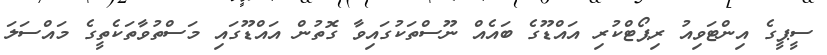
ސީޕީގެ އިންޓަވިއު ރިޕޯޓްކުރި އައްޑޫގެ ބައެއް ނޫސްތަކުގައިވާ ގޮތުން އައްޑޫގައި މަސްތުވާތަކެތީގެ މައްސަލަ